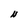
Character: N